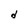
Character: d